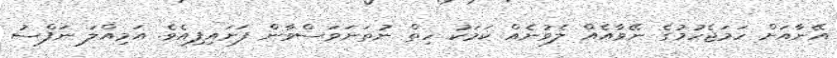
އޭނާއަށް ހަމަޖެހުމުގެ ނޭވާއެއް ލެވުނެއް ކަމަކު ހިތް ނުތަނަވަސްވާން ފަށައިފިއެވެ. އަމިއްލަ ނަފްސު